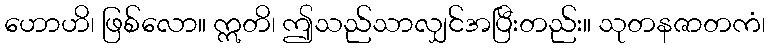
ဟောဟိ၊ ဖြစ်လော။ ဣတိ၊ ဤသည်သာလျှင်အပြီးတည်း။ သုတနဇာတကံ၊